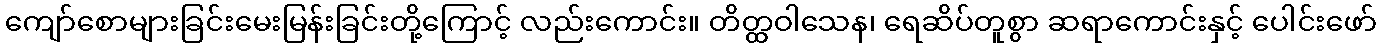
ကျော်စောများခြင်းမေးမြန်းခြင်းတို့ကြောင့် လည်းကောင်း။ တိတ္ထဝါသေန၊ ရေဆိပ်တူစွာ ဆရာကောင်းနှင့် ပေါင်းဖော်